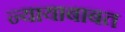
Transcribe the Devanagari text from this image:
न्यायाबाबत